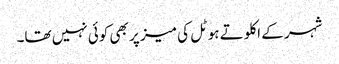
شہر کے اکلوتے ہوٹل کی میز پر بھی کوئی نہیں تھا۔